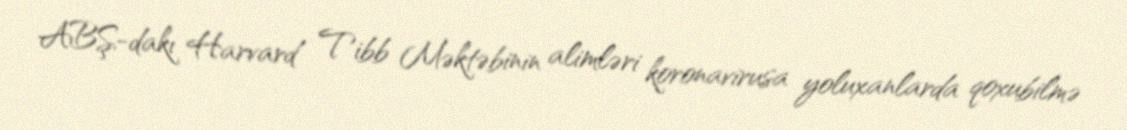
ABŞ-dakı Harvard Tibb Məktəbinin alimləri koronavirusa yoluxanlarda qoxubilmə